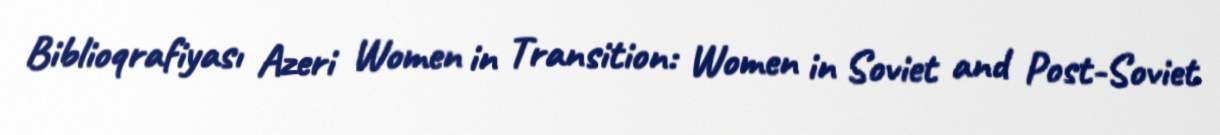
Biblioqrafiyası Azeri Women in Transition: Women in Soviet and Post-Soviet